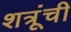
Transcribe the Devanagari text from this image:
शत्रूंची